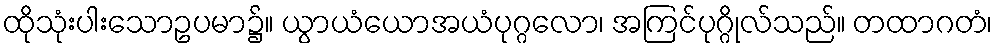
ထိုသုံးပါးသောဥပမာ၌။ ယွာယံယောအယံပုဂ္ဂလော၊ အကြင်ပုဂ္ဂိုလ်သည်။ တထာဂတံ၊